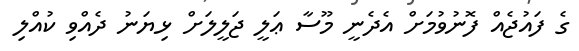
ގެ ފައުޖެއް ފޮނުވުމަށް އެދެނީ މޫސާ ޢަލީ ޖަލީލަށް ޅިޔަނު ދެއްވި ކުއްލި